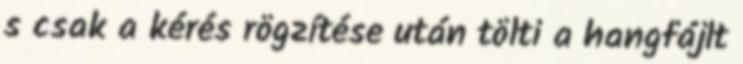
s csak a kérés rögzítése után tölti a hangfájlt